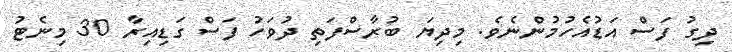
ދިގު ފަސް އަޑުއެހުމުންނެވެ. މިދިޔަ ބުރާސްފަތި ދުވަހު ފަސް ގަޑިއިރާ 30 މިނެޓު